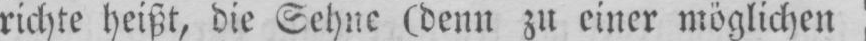
richte heißt, die Sehne (denn zu einer möglichen